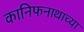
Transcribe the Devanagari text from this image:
कानिफनाथाच्या